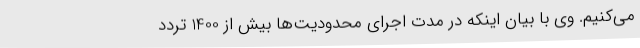
می‌کنیم. وی با بیان اینکه در مدت اجرای محدودیت‌ها بیش از 1400 تردد